Malaria in the Punjab - Number 46
Disease focus: Malaria
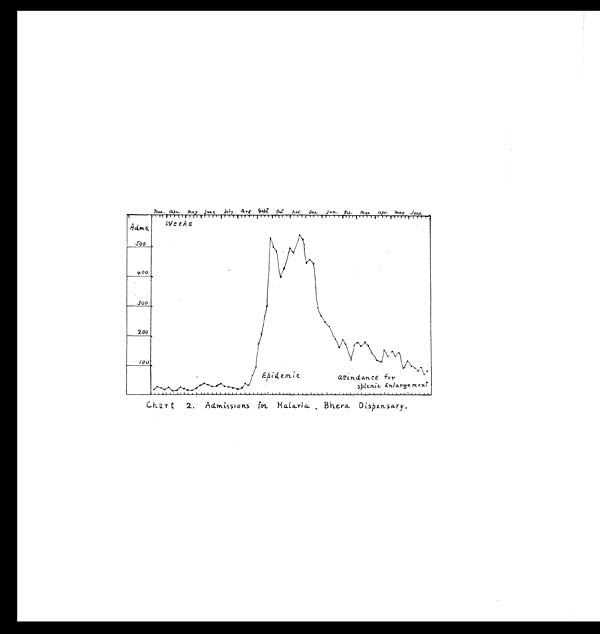
Char t 2. Admissions for Malaria Bhera Dispensary.